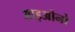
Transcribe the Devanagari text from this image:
आइओनो